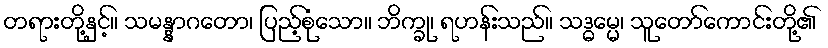
တရားတို့နှင့်။ သမန္နာဂတော၊ ပြည့်စုံသော။ ဘိက္ခု၊ ရဟန်းသည်။ သဒ္ဓမ္မေ၊ သူတော်ကောင်းတို့၏